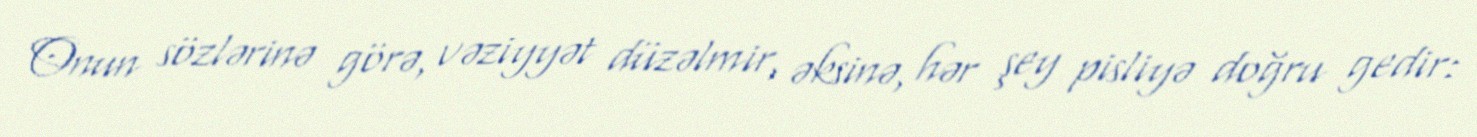
Onun sözlərinə görə, vəziyyət düzəlmir, əksinə, hər şey pisliyə doğru gedir: